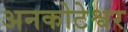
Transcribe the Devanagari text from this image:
अनकोटेश्वर